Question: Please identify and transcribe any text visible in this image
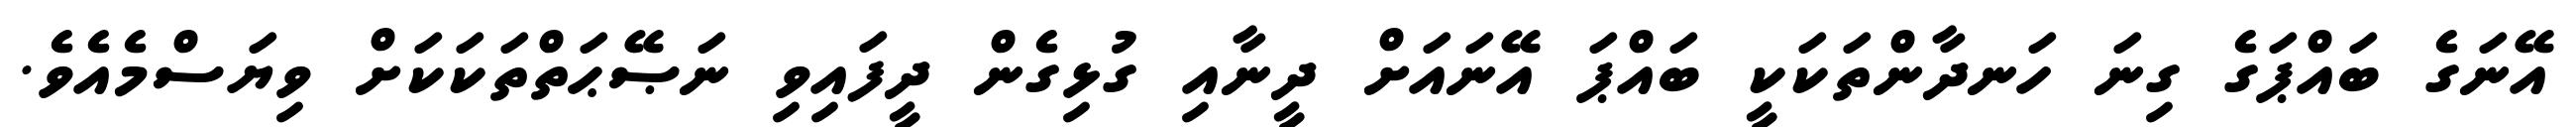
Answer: އޭނަގެ ބައްޕަގެ ގިނަ ހަނދާންތަކަކީ ބައްޕަ އޭނައަށް ދީނާއި ގުޅިގެން ދީފައިވި ނަޞޭޙަތްތަކަކަށް ވިޔަސްމެއެވެ.